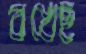
বখেছ